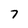
Character: 7